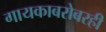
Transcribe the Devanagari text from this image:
गायकाबरोबरही